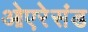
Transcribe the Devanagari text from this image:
ओएरेसंड